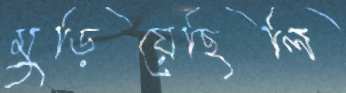
মুড়িয়েছিলি